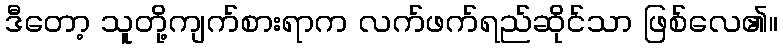
ဒီတော့ သူတို့ကျက်စားရာက လက်ဖက်ရည်ဆိုင်သာ ဖြစ်လေ၏။